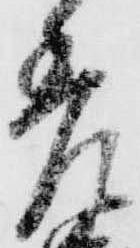
差